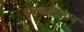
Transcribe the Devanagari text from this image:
पुराणाधिष्ठान